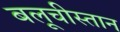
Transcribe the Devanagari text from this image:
बलूचीस्तान